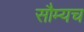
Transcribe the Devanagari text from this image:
सौम्यच